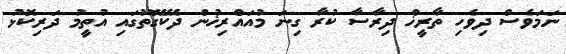
ނަމަވެސް ދިވެހި ތާރީޚް ދިރާސާ ކުރާ ގިނަ މުއައްރިޚުން ދެކޭގޮތުގައި އުތީމު ދަރިކޮޅު